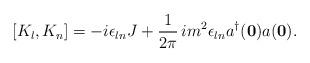
LaTeX: \begin{align*}[K_l,K_n] = -i\epsilon_{ln}J + \frac{1}{2\pi}\,im^2\epsilon_{ln}a^\dagger({\bf0})a({\bf 0}).\end{align*}